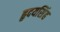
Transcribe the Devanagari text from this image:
हृदयसिंह